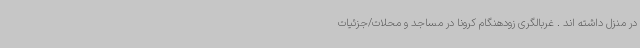
در منزل داشته اند . غربالگری زودهنگام کرونا در مساجد و محلات/جزئیات